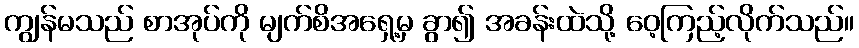
ကျွန်မသည် စာအုပ်ကို မျက်စိအရှေ့မှ ခွာ၍ အခန်းထဲသို့ ဝေ့ကြည့်လိုက်သည်။